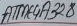
Text: ATME4A328